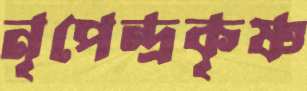
নৃপেন্দ্রকৃষ্ণ